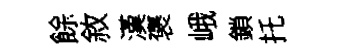
餘敘漢褒峨鎖托